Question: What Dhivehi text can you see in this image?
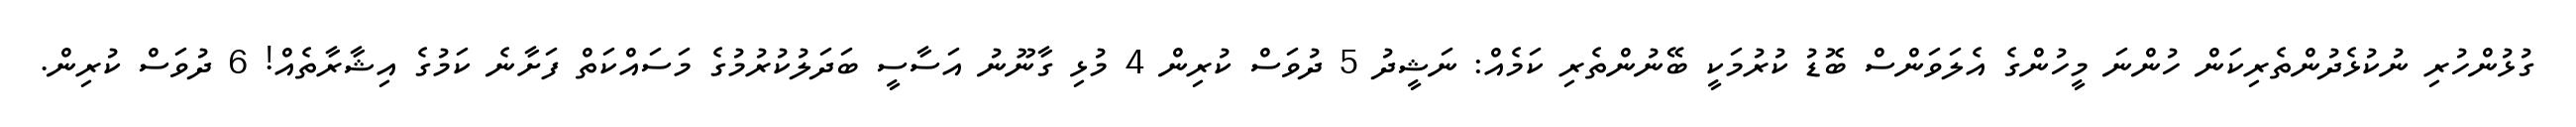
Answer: ގުޅުންހުރި ނުކުޅެދުންތެރިކަން ހުންނަ މީހުންގެ އެލަވަންސް ބޮޑު ކުރުމަކީ ބޭނުންތެރި ކަމެއް: ނަޝީދު 5 ދުވަސް ކުރިން 4 މުޅި ގާނޫނު އަސާސީ ބަދަލުކުރުމުގެ މަސައްކަތް ފަށާނެ ކަމުގެ އިޝާރާތެއް! 6 ދުވަސް ކުރިން.